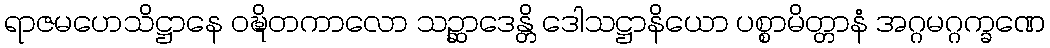
ရာဇမဟေသိဋ္ဌာနေ ဝဍ္ဎိတကာလော သဉ္ဆာဒေန္တိ ဒေါသဋ္ဌာနိယော ပစ္စာမိတ္တာနံ အဂ္ဂမဂ္ဂက္ခဏေ